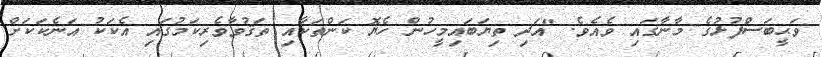
ވަޙީބަސްފުޅުގެ މާނާގައި ވެއެވެ. "އަދި ތިޔަބައިމީހުން ހެޔޮ ކަންތަކާއި ތަޤުވާވެރިކަމުގައި އެކަކު އަނެކަކަށް